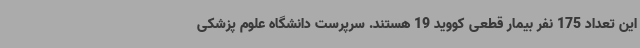
این تعداد 175 نفر بیمار قطعی کووید 19 هستند. سرپرست دانشگاه علوم پزشکی